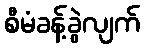
စီမံခန့်ခွဲလျက်